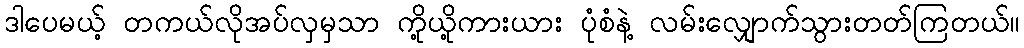
ဒါပေမယ့် တကယ်လိုအပ်လှမှသာ ကို့ယို့ကားယား ပုံစံနဲ့ လမ်းလျှောက်သွားတတ်ကြတယ်။